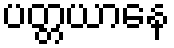
ပတ္တယာနေ